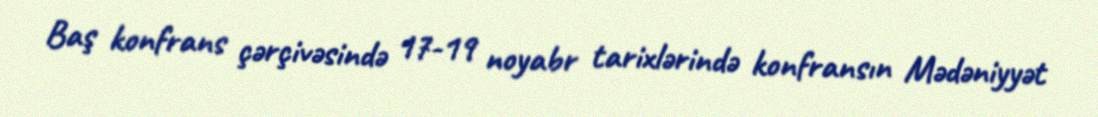
Baş konfrans çərçivəsində 17-19 noyabr tarixlərində konfransın Mədəniyyət